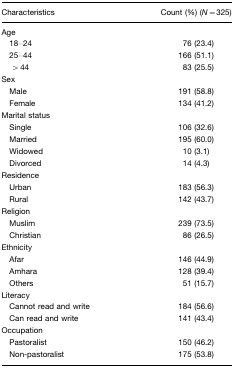
<table><thead><tr><td><b>Characteristics</b></td><td><b>Count (%) (<i>N</i>=325)</b></td></tr></thead><tbody><tr><td>Age</td><td></td></tr><tr><td> 18–24</td><td>76 (23.4)</td></tr><tr><td> 25–44</td><td>166 (51.1)</td></tr><tr><td>&gt; 44</td><td>83 (25.5)</td></tr><tr><td>Sex</td><td></td></tr><tr><td> Male</td><td>191 (58.8)</td></tr><tr><td> Female</td><td>134 (41.2)</td></tr><tr><td>Marital status</td><td></td></tr><tr><td> Single</td><td>106 (32.6)</td></tr><tr><td> Married</td><td>195 (60.0)</td></tr><tr><td> Widowed</td><td>10 (3.1)</td></tr><tr><td> Divorced</td><td>14 (4.3)</td></tr><tr><td>Residence</td><td></td></tr><tr><td> Urban</td><td>183 (56.3)</td></tr><tr><td> Rural</td><td>142 (43.7)</td></tr><tr><td>Religion</td><td></td></tr><tr><td> Muslim</td><td>239 (73.5)</td></tr><tr><td> Christian</td><td>86 (26.5)</td></tr><tr><td>Ethnicity</td><td></td></tr><tr><td> Afar</td><td>146 (44.9)</td></tr><tr><td> Amhara</td><td>128 (39.4)</td></tr><tr><td> Others</td><td>51 (15.7)</td></tr><tr><td>Literacy</td><td></td></tr><tr><td> Cannot read and write</td><td>184 (56.6)</td></tr><tr><td> Can read and write</td><td>141 (43.4)</td></tr><tr><td>Occupation</td><td></td></tr><tr><td> Pastoralist</td><td>150 (46.2)</td></tr><tr><td> Non-pastoralist</td><td>175 (53.8)</td></tr></tbody></table>